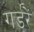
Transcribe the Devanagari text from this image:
गर्डरें